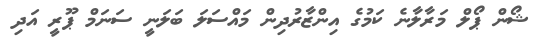
ޝޯން ޕޯލް މަރާލާނެ ކަމުގެ އިންޒާރުދިން މައްސަލަ ބަލަނީ ސަނަމް ޕޫރީ އަދި